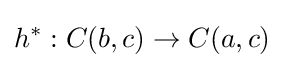
h^{*}:C(b,c)\rightarrow C(a,c)